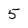
Character: 5